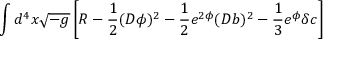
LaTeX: \int d ^ { 4 } x \sqrt { - g } \left[ R - \frac { 1 } { 2 } ( D \phi ) ^ { 2 } - \frac { 1 } { 2 } e ^ { 2 \phi } ( D b ) ^ { 2 } - \frac { 1 } { 3 } e ^ { \phi } \delta c \right]